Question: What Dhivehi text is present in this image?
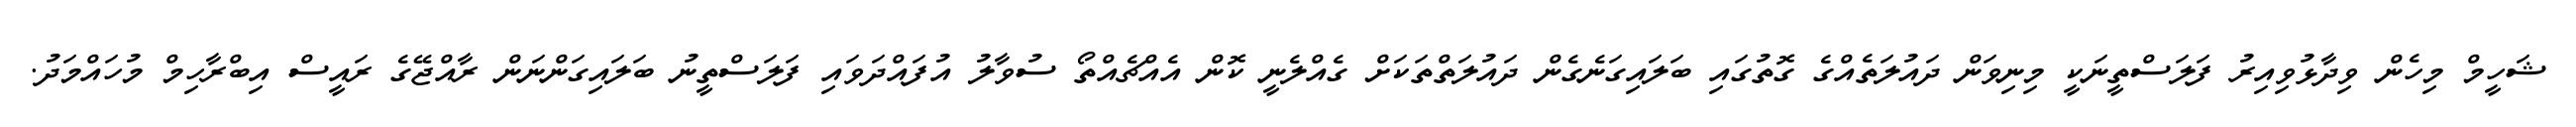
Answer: ޝަހީމް މިހެން ވިދާޅުވިއިރު ފަލަސްތީނަކީ މިނިވަން ދައުލަތެއްގެ ގޮތުގައި ބަލައިގަނެގެން ދައުލަތްތަކަށް ގެއްލެނީ ކޮން އެއްޗެއްތޯ ސުވާލު އުފައްދަވައި ފަލަސްތީނު ބަލައިގަންނަން ރާއްޖޭގެ ރައީސް އިބްރާހިމް މުހައްމަދު.